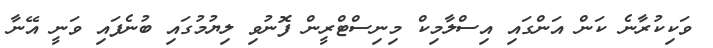
ވަކިކުރާނެ ކަން އަންގައި އިސްލާމިކް މިނިސްޓްރީން ފޮނުވި ލިޔުމުގައި ބުނެފައި ވަނީ އޭނާ